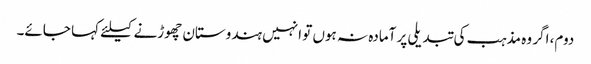
دوم، اگر وہ مذہب کی تبدیلی پر آمادہ نہ ہوں تو انہیں ہندوستان چھوڑنے کیلئے کہا جائے۔